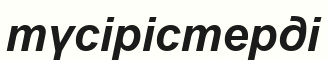
түсірістерді